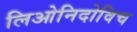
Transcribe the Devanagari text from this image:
लिओनिदोविच